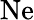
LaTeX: \mathrm{Ne}